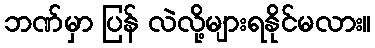
ဘဏ်မှာ ပြန် လဲလို့များရနိုင်မလား။